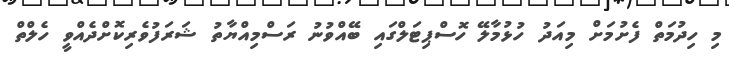
މި ހިދުމަތް ފެށުމަށް މިއަދު ހުޅުމާލޭ ހޮސްޕިޓަލްގައި ބޭއްވުނު ރަސްމިއްޔާތު ޝަރަފުވެރިކޮށްދެއްވީ ހެލްތް